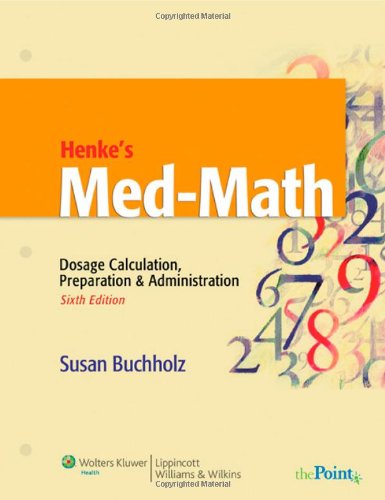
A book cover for Henke's Med-Math: Dosage Calculation, Preparation and Administration (Buxhholz, Henke's Med-Math); Susan Buchholz RN  BSN  MSN; Medical Books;